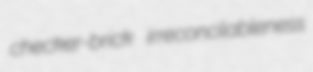
checker-brick irreconcilableness